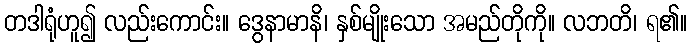
တဒါရုံဟူ၍ လည်းကောင်း။ ဒွေနာမာနိ၊ နှစ်မျိုးသော အမည်တိုကို။ လဘတိ၊ ရ၏။